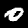
Digit: 0